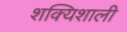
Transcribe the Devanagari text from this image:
शक्यिशाली